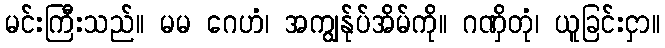
မင်းကြီးသည်။ မမ ဂေဟံ၊ အကျွန်ုပ်အိမ်ကို။ ဂဏှိတုံ၊ ယူခြင်းငှာ။